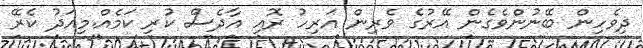
ދިވެހިން ބޭނުންވެގެން އޭރުގެ ވެރިން އަރިހު ރޮއި އާދެސް ކުރި ކަމެއް.މިއަދު ކެރޭ